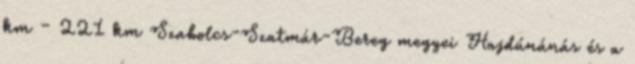
km – 221 km Szabolcs-Szatmár-Bereg megyei Hajdúnánás és a